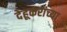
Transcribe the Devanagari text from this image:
देहूकरांच्या